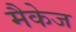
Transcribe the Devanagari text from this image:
मैकेज